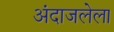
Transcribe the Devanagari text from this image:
अंदाजलेला